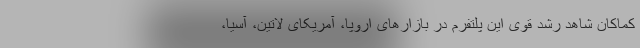
کماکان شاهد رشد قوی این پلتفرم در بازارهای اروپا، آمریکای لاتین، آسیا،